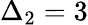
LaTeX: \Delta_{2}=3